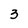
Character: 3